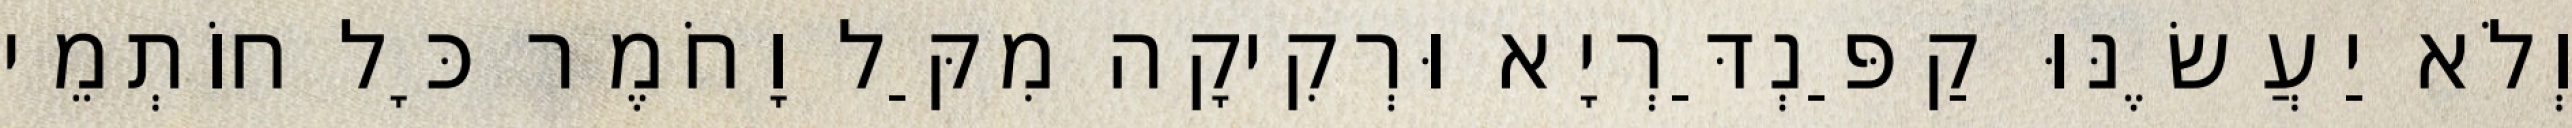
וְלֹא יַעֲשֶׂנּוּ קַפַּנְדַּרְיָא וּרְקִיקָה מִקַּל וָחֹמֶר כָּל חוֹתְמֵי